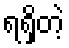
ရရှိတဲ့